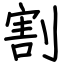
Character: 割